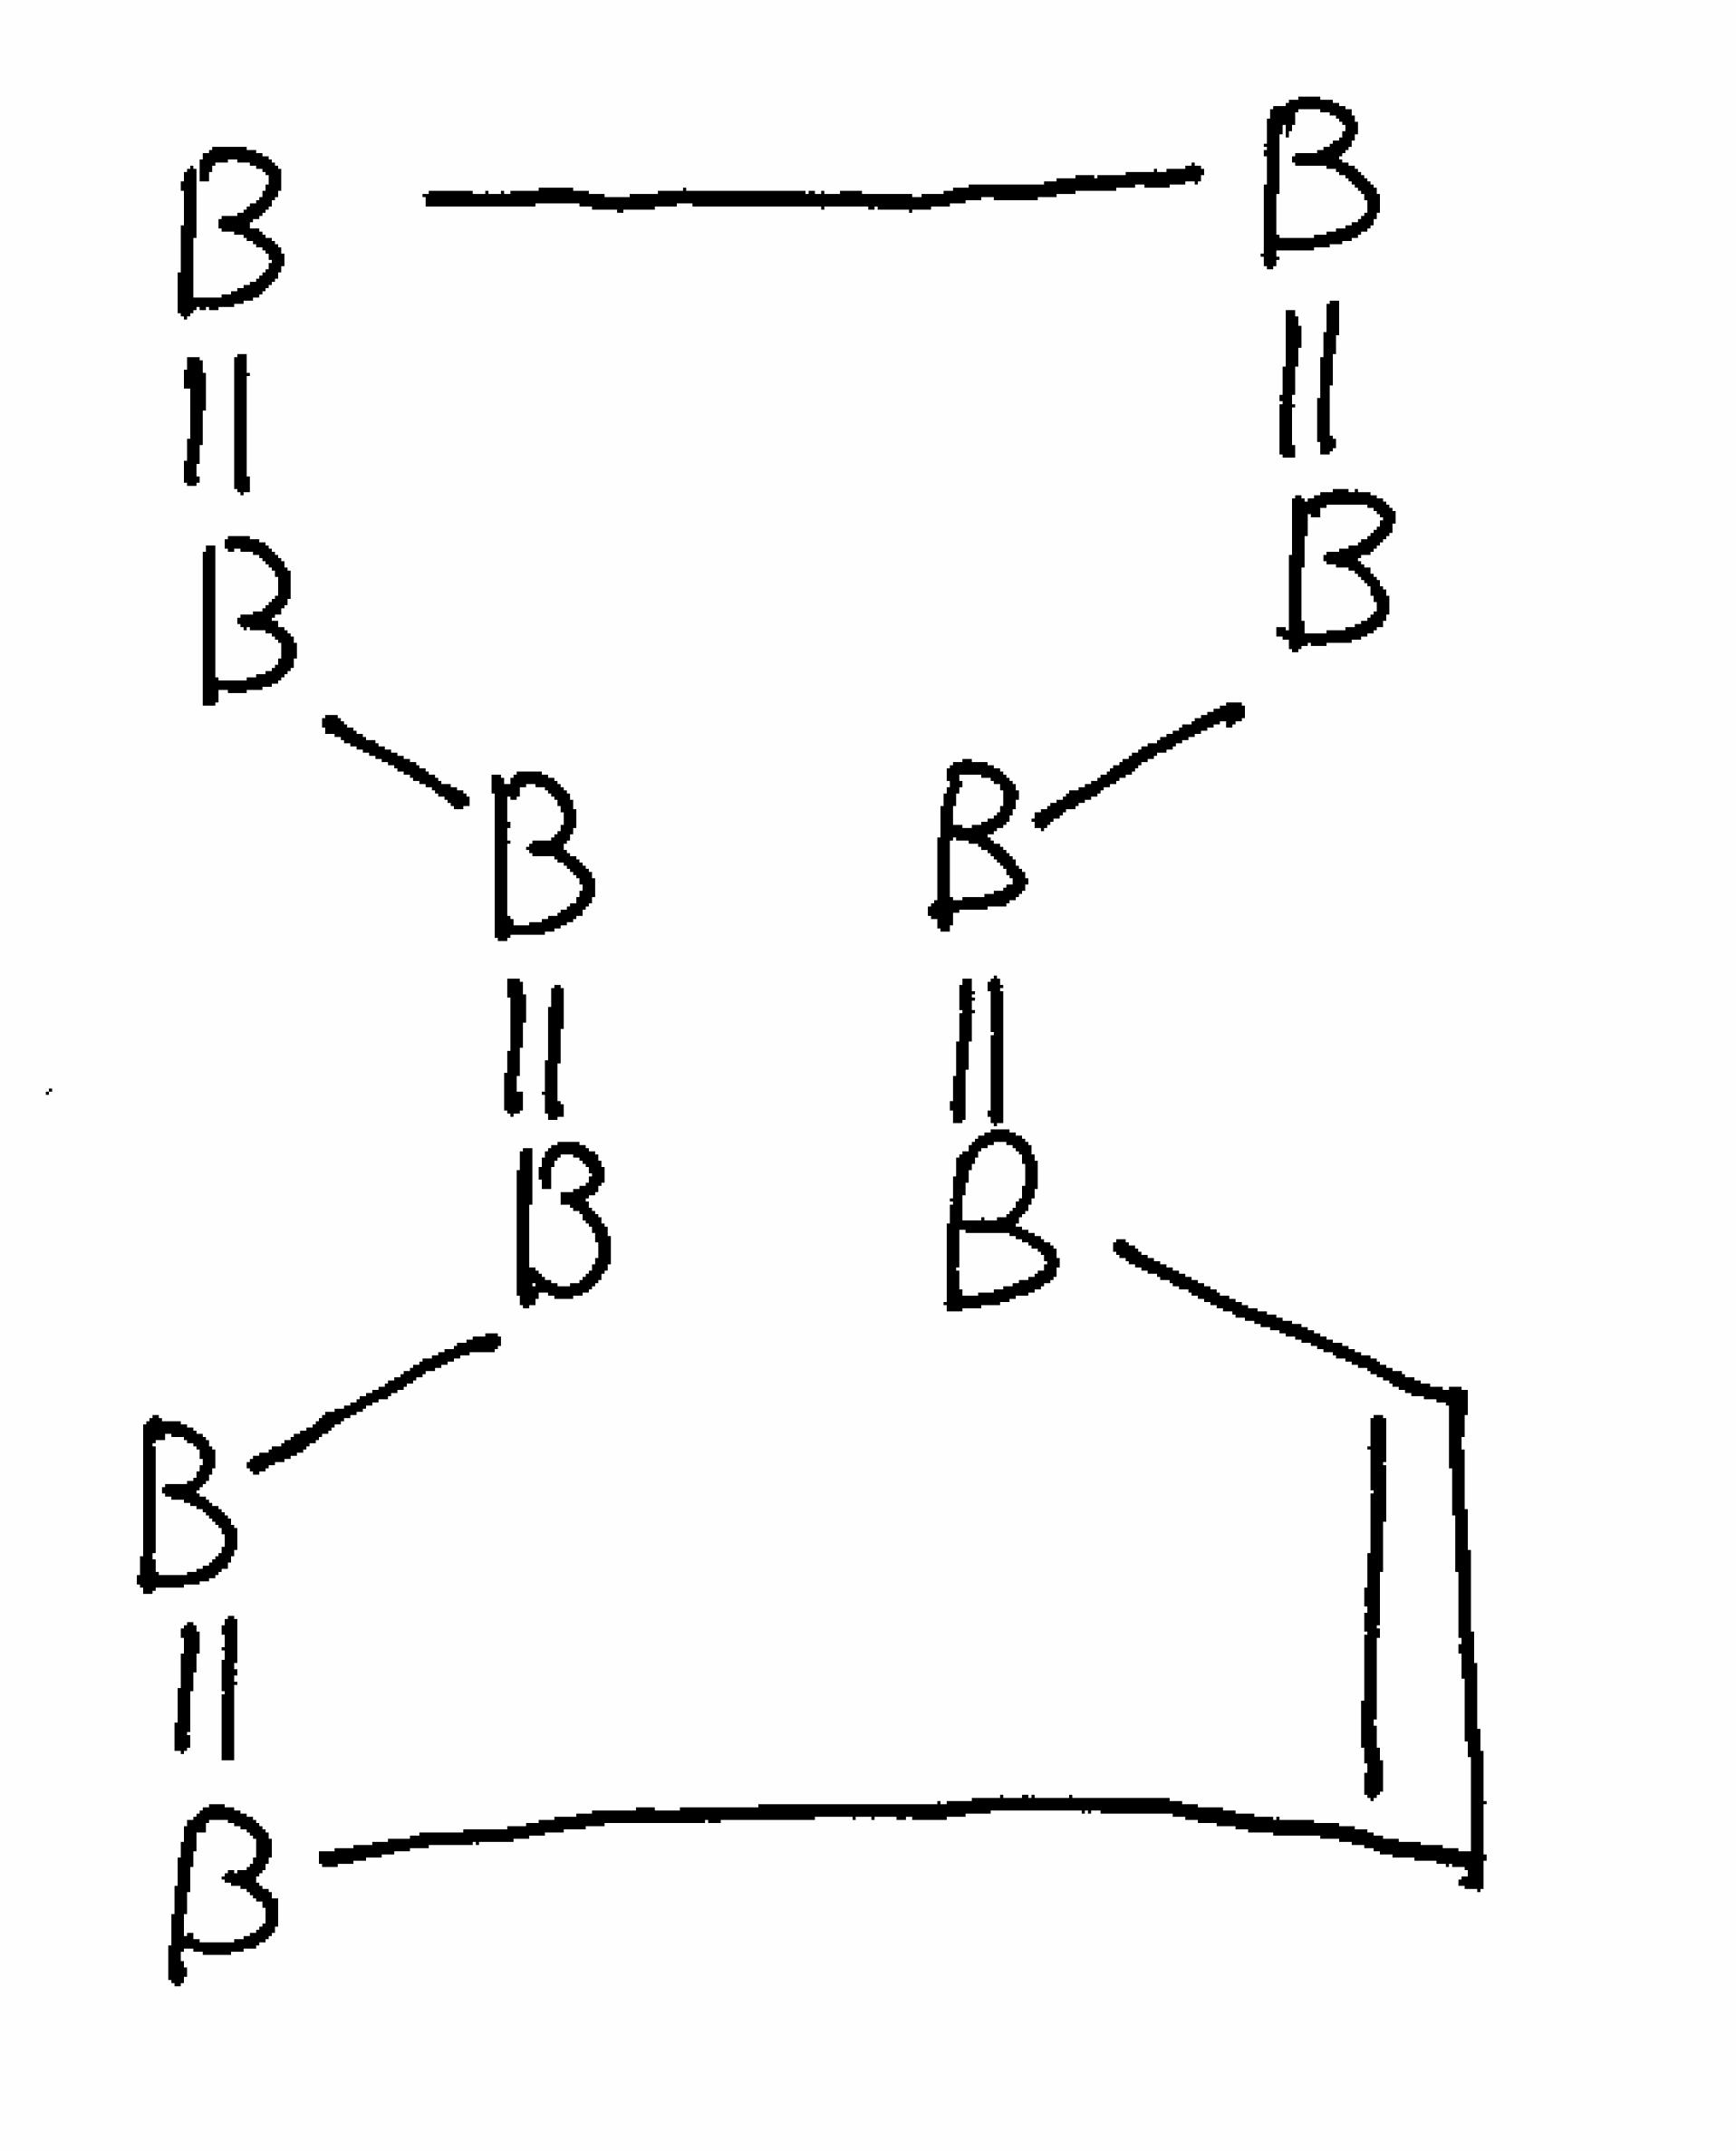
Simplified molecular-input line-entry system (SMILES) notation of the given molecule:
B1=BB=BB=B/C=C\B=BB=B1